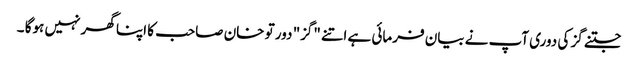
جتنے گز کی دوری آپ نے بیان فرمائی ہے اتنے "گز" دور تو خان صاحب کا اپنا گھر نہیں ہوگا ۔